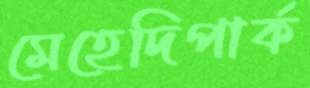
মেহেদিপার্ক